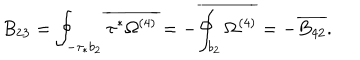
B _ { 2 3 } = \oint _ { - \tau _ { * } b _ { 2 } } \overline { { { \tau ^ { * } \Omega ^ { ( 4 ) } } } } = - \overline { { { \oint _ { b _ { 2 } } \Omega ^ { ( 4 ) } } } } = - \overline { { { B _ { 4 2 } } } } .